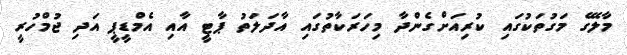
މާލޭގެ މަގުތަކުގައި ކުރިއަށްގެންދާ މިހަރަކާތުގައި އާދަލަތު ޕާޓީ އާއި އެމްޑީޕީ އަދި ޖުމްހުރީ